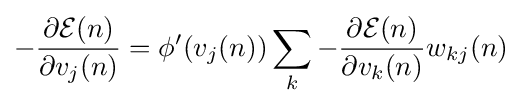
-{\frac {\partial {\mathcal {E}}(n)}{\partial v_{j}(n)}}=\phi ^{\prime }(v_{j}(n))\sum _{k}-{\frac {\partial {\mathcal {E}}(n)}{\partial v_{k}(n)}}w_{kj}(n)